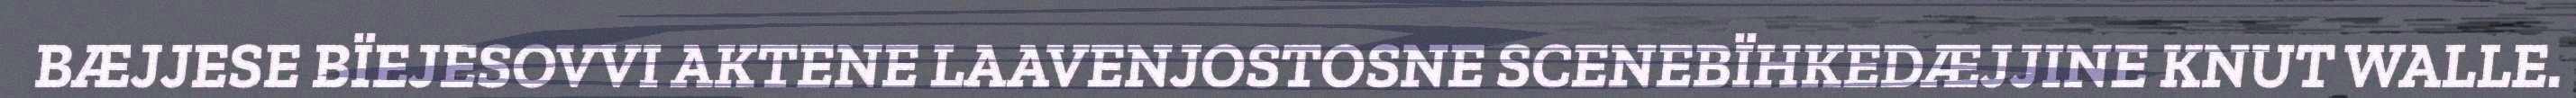
BÆJJESE BÏEJESOVVI AKTENE LAAVENJOSTOSNE SCENEBÏHKEDÆJJINE KNUT WALLE.